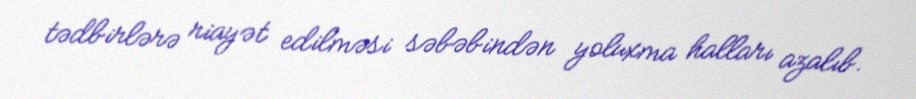
tədbirlərə riayət edilməsi səbəbindən yoluxma halları azalıb.